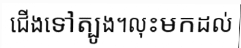
ជើងទៅត្បូង។លុះមកដល់